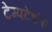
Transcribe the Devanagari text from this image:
टेम्पटेशंस